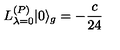
L _ { \lambda = 0 } ^ { ( P ) } | 0 \rangle _ { g } = - \frac { c } { 2 4 }